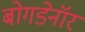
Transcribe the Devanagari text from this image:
बोगडेनॉर